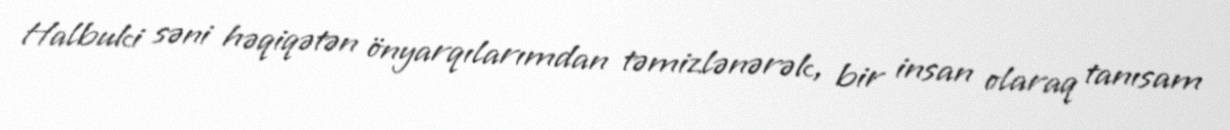
Halbuki səni həqiqətən önyarqılarımdan təmizlənərək, bir insan olaraq tanısam